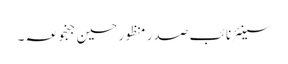
سینئر نائب صدر منظور حسین جنجوعہ ۔